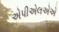
એપીએલએએ